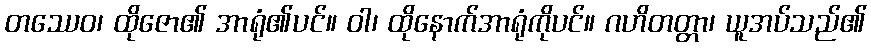
တဿေဝ၊ ထိုဇော၏ အာရုံ၏ပင်။ ဝါ၊ ထိုနောက်အာရုံကိုပင်။ ဂဟိတတ္တာ၊ ယူအပ်သည်၏